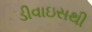
ડીવાઇસથી